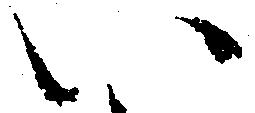
い